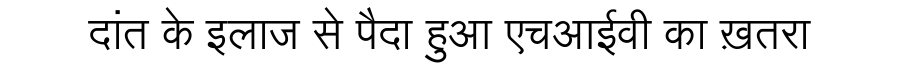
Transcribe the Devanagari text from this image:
दांत के इलाज से पैदा हुआ एचआईवी का ख़तरा